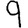
Digit: 9